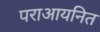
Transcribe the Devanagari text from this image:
पराआयनित